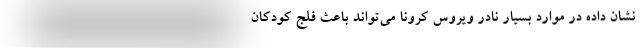
نشان داده در موارد بسیار نادر ویروس کرونا می‌تواند باعث فلج کودکان